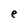
Character: e